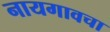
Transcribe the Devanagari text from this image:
नायगावचा